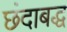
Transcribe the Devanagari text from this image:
छंदाबद्ध